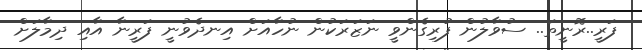
ފަރީ..ރޮނީތަ.. ސުވާލުން ފުރިގެންވީ ނަޒަރަކުން ނުހާއަށް އިނދެވުނީ ފަރީނާ އާއި ދިމާލަށް